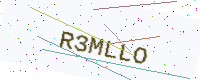
Text: R3MLLO